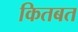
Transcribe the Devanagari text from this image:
कितबत